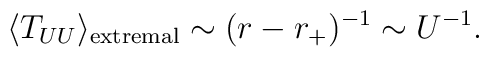
\langle T_{UU} \rangle_{\rm extremal}\sim (r-r_+)^{-1} \sim U^{-1}.